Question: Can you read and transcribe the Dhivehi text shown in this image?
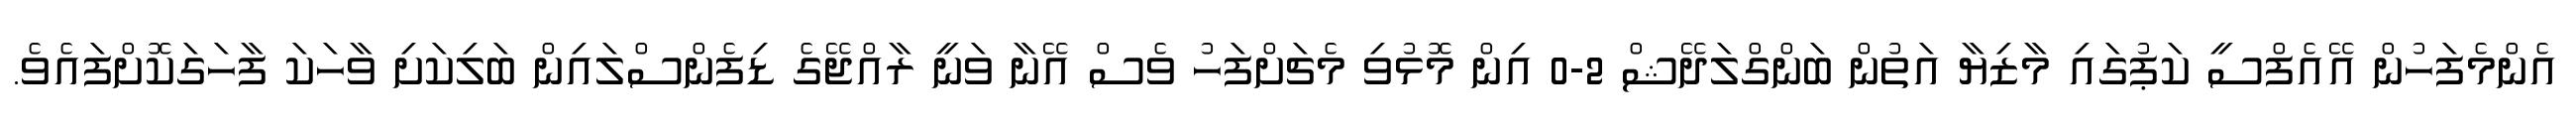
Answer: އެންމެފަހުން އޭއެފްސީ ކަޕުގައި މާޒިޔާ އަތުން ބަންގްލަދޭޝް 2-0 އިން މޮޅުވި މެޗަށްފަހު ވެސް އޭނާ ވަނީ ރާއްޖޭގެ ޑިފެންސްލައިން ބަލިކަށި ވާހަކަ ފާހަގަކޮށްފައެވެ.